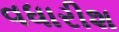
વધારીશ